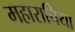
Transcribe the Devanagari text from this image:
महाराचिया